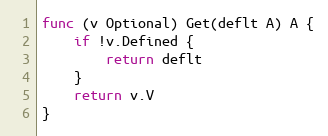
Language: Go
func (v Optional) Get(deflt A) A {
	if !v.Defined {
		return deflt
	}
	return v.V
}